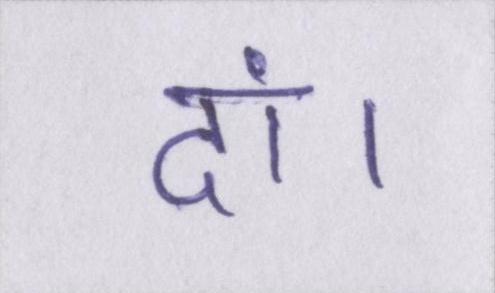
दां।